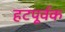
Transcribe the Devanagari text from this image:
हटपूर्वक